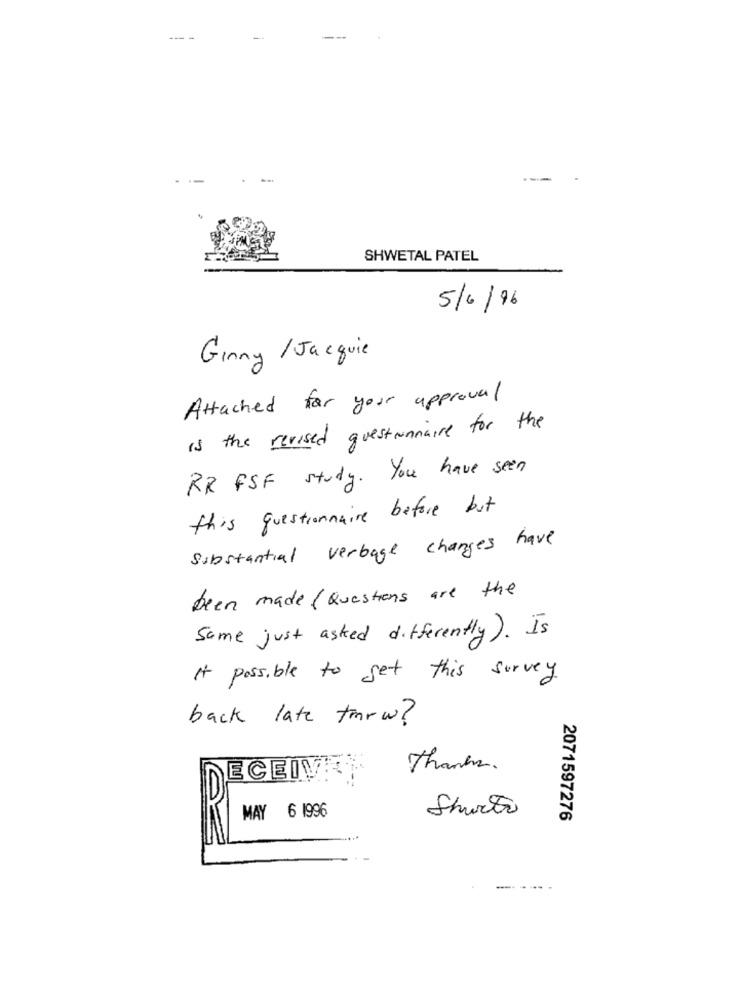
SHWETAL PATEL
5/6/96
Ginny /Jacquie
Attached for your approval
is the revised questionnaire for the
RR FSF study. You have seen
this questionnaire before but
Substantial verbage changes have
been made ( Questions are the
Same just asked differently). Is
It possible to get this survey.
back late tmrw?
Thanks .
Shorts
MAY 6 1996
2071597276
- -